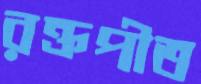
রক্তপীত